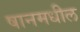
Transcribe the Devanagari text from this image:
षानमधील